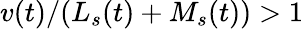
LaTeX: v(t)/(L_{s}(t)+M_{s}(t))>1